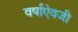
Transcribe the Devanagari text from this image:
वर्षांऐवजी